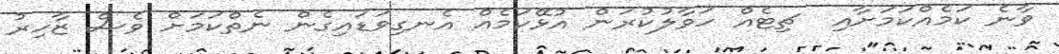
ވާނެ ކަމެއްކަމަށާއި  ޗިޓެއް ހަވާލުކުރަން އުޅޭކަމެއް އެނގިވަޑައިގެން ނެތްކަމަށް ވެސް ޒާހިރު